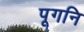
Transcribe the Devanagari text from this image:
पूगनि